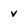
Character: v